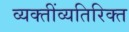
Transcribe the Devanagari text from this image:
व्यक्तींव्यतिरिक्त